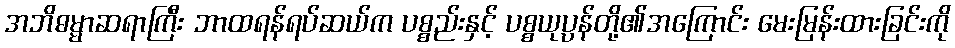
အဘိဓမ္မာဆရာကြီး ဘာထရန်ရပ်ဆယ်က ပစ္စည်းနှင့် ပစ္စယုပ္ပန်တို့၏အကြောင်း မေးမြန်းထားခြင်းကို